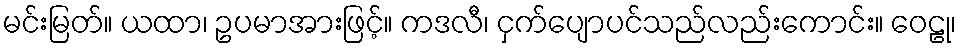
မင်းမြတ်။ ယထာ၊ ဥပမာအားဖြင့်။ ကဒလီ၊ ငှက်ပျောပင်သည်လည်းကောင်း။ ဝေဠု၊